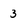
Character: 3